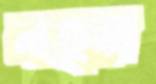
নছর